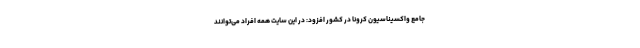
جامع واکسیناسیون کرونا در کشور افزود: در این سایت همه افراد می‌توانند